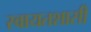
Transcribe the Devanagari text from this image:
स्वायतशासी